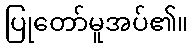
ပြုတော်မူအပ်၏။